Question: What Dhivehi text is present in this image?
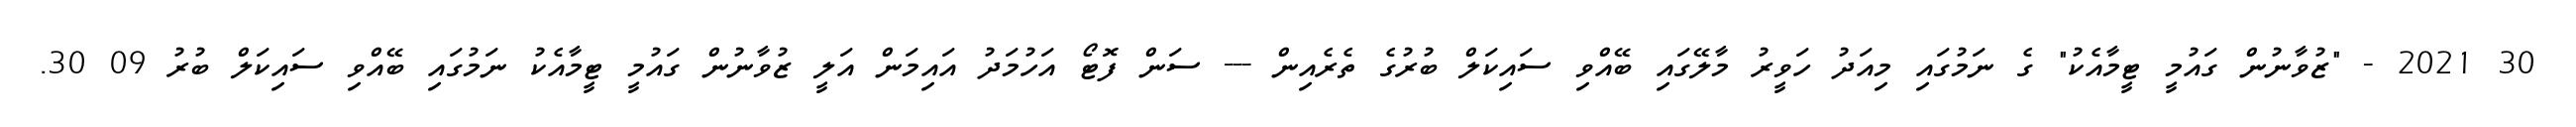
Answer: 30 2021 - "ޒުވާނުން ގައުމީ ޓީމާއެކު" ގެ ނަމުގައި މިއަދު ހަވީރު މާލޭގައި ބޭއްވި ސައިކަލް ބުރުގެ ތެރެއިން --- ސަން ފޮޓޯ އަހުމަދު އައިމަން އަލީ ޒުވާނުން ގައުމީ ޓީމާއެކު ނަމުގައި ބޭއްވި ސައިކަލް ބުރު 09 30.